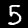
Label: 5